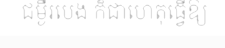
ជម្ងឺរបេង ក៏ជាហេតុធ្វើឱ្យ